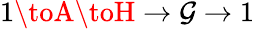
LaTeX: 1\toA\toH\to\mathcal{G}\to1